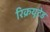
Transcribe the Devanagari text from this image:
रिक्रयूटेड